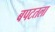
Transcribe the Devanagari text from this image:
बपटतला